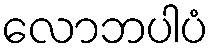
လောဘပါပံ